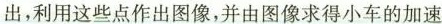
出，利用这些点作出图像，并由图像求得小车的加速